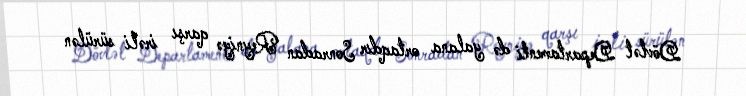
Dövlət Departamenti də yalana ortaqdır Sonradan Reyniyə qarşı irəli sürülən